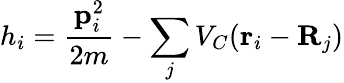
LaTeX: h_{i}=\frac{{\mathbf p}_{i}^{2}}{2m}-\sum_{j}V_{C}({\mathbf r}_{i}-{\mathbf R}_{j})